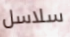
سلاسل